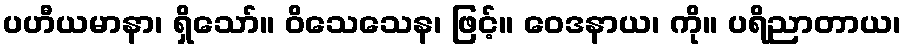
ပဟီယမာနာ၊ ရှိသော်။ ဝိသေသေန၊ ဖြင့်။ ဝေဒနာယ၊ ကို။ ပရိညာတာယ၊